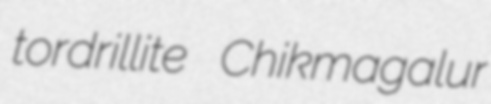
tordrillite Chikmagalur